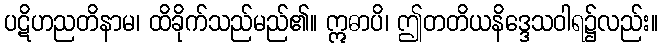
ပဋိဟညတိနာမ၊ ထိခိုက်သည်မည်၏။ ဣဓာပိ၊ ဤတတိယနိဒ္ဒေသဝါရ၌လည်း။